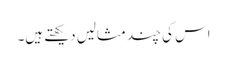
اس کی چند مثالیں دیکھتے ہیں۔